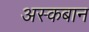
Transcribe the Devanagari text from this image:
अस्कबान